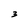
Character: 3